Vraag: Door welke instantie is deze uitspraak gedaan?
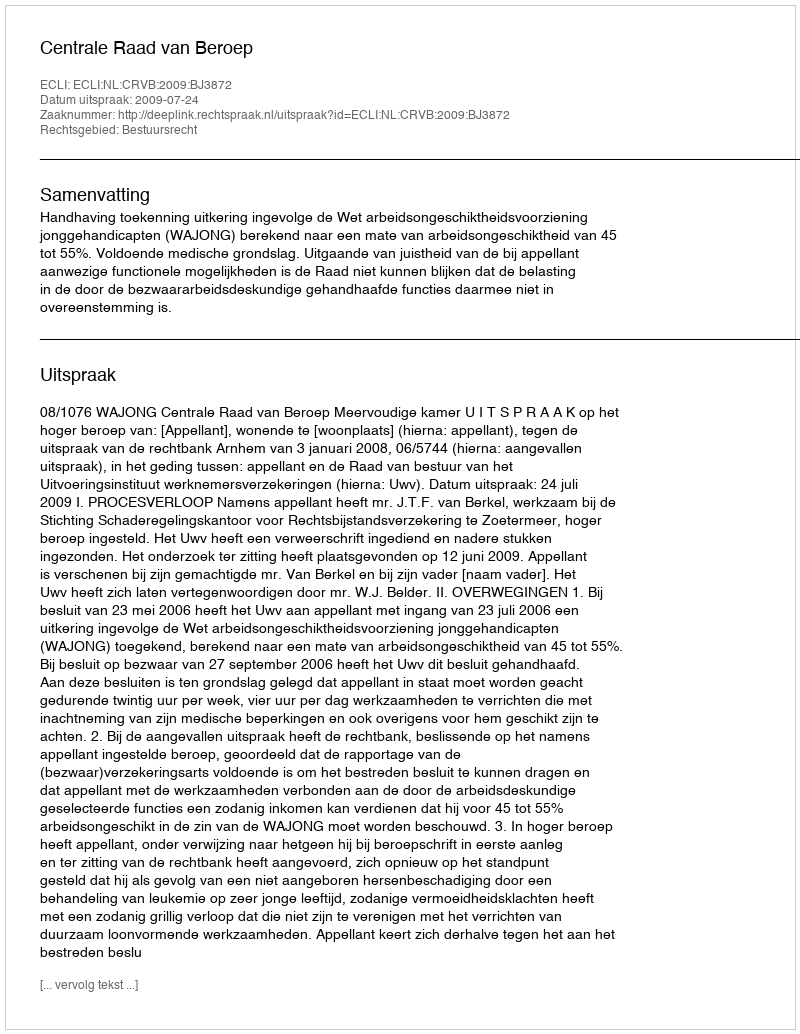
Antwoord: Centrale Raad van Beroep